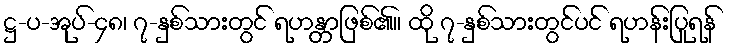
ဋ္ဌ-ပ-အုပ်-၄၈၊ ၇-နှစ်သားတွင် ရဟန္တာဖြစ်၏။ ထို ၇-နှစ်သားတွင်ပင် ရဟန်းပြုရန်